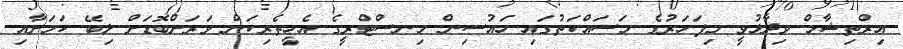
އިރްތިޝާމް ވިދާޅުވީ މިފަހަރުގެ މަސައްކަތުގައި ހައުސިން މިނސްޓްރީގެ އެހީތެރިކަން ވަރަށްބޮޑަށް ލިބޭ ކަމަށާއި